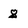
Character: g